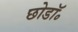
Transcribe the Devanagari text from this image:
छोडॉ॰